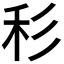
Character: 𥝞